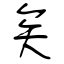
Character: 矣